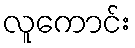
လူကောင်း